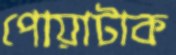
পোয়াটাক